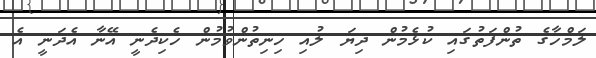
ލަމްހާގެ ތުންފަތުގައި ކުޅެމުން ދިޔަ ލުއި ހިނިތުންވުމުން ހެކިދެނީ އޭނާ އެދަނީ އެ